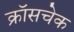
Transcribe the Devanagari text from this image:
क्रॉसचेक